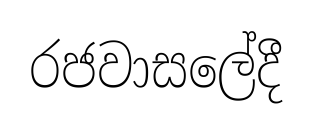
රජවාසලේදී